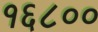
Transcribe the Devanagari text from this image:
१६८००